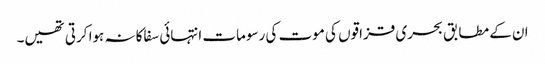
ان کے مطابق بحری قزاقوں کی موت کی رسومات انتہائی سفاکانہ ہوا کرتی تھیں۔